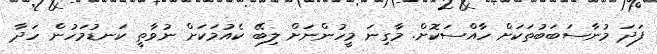
ފަދަ މުނާސަބަބުތަކަށް ހާއްސަކޮށް. މާގިނަ މީހުންނަށް ލިބޭ ކެއުމަކަށް ނުވާތީ ކަނޑުމަހުން ހަދާ